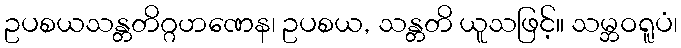
ဥပစယသန္တတိဂ္ဂဟဏေန၊ ဥပစယ, သန္တတိ ယူသဖြင့်။ သမ္ဘဝရူပံ၊